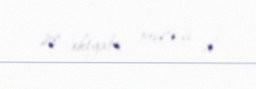
28 oktyabr 1960-ci il